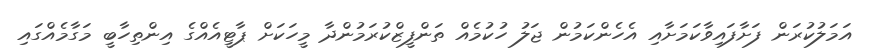
އަމަލުކުރަން ފަށާފައިވާކަމަށާއި އެހެންކަމުން ޖަލު ހުކުމެއް ތަންފީޒްކުރަމުންދާ މީހަކަށް ޕާޓީއެއްގެ އިންތިހާބީ މަގާމެއްގައި